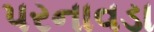
પરનાવડા